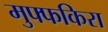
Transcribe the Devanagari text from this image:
मुफ्फकिरा